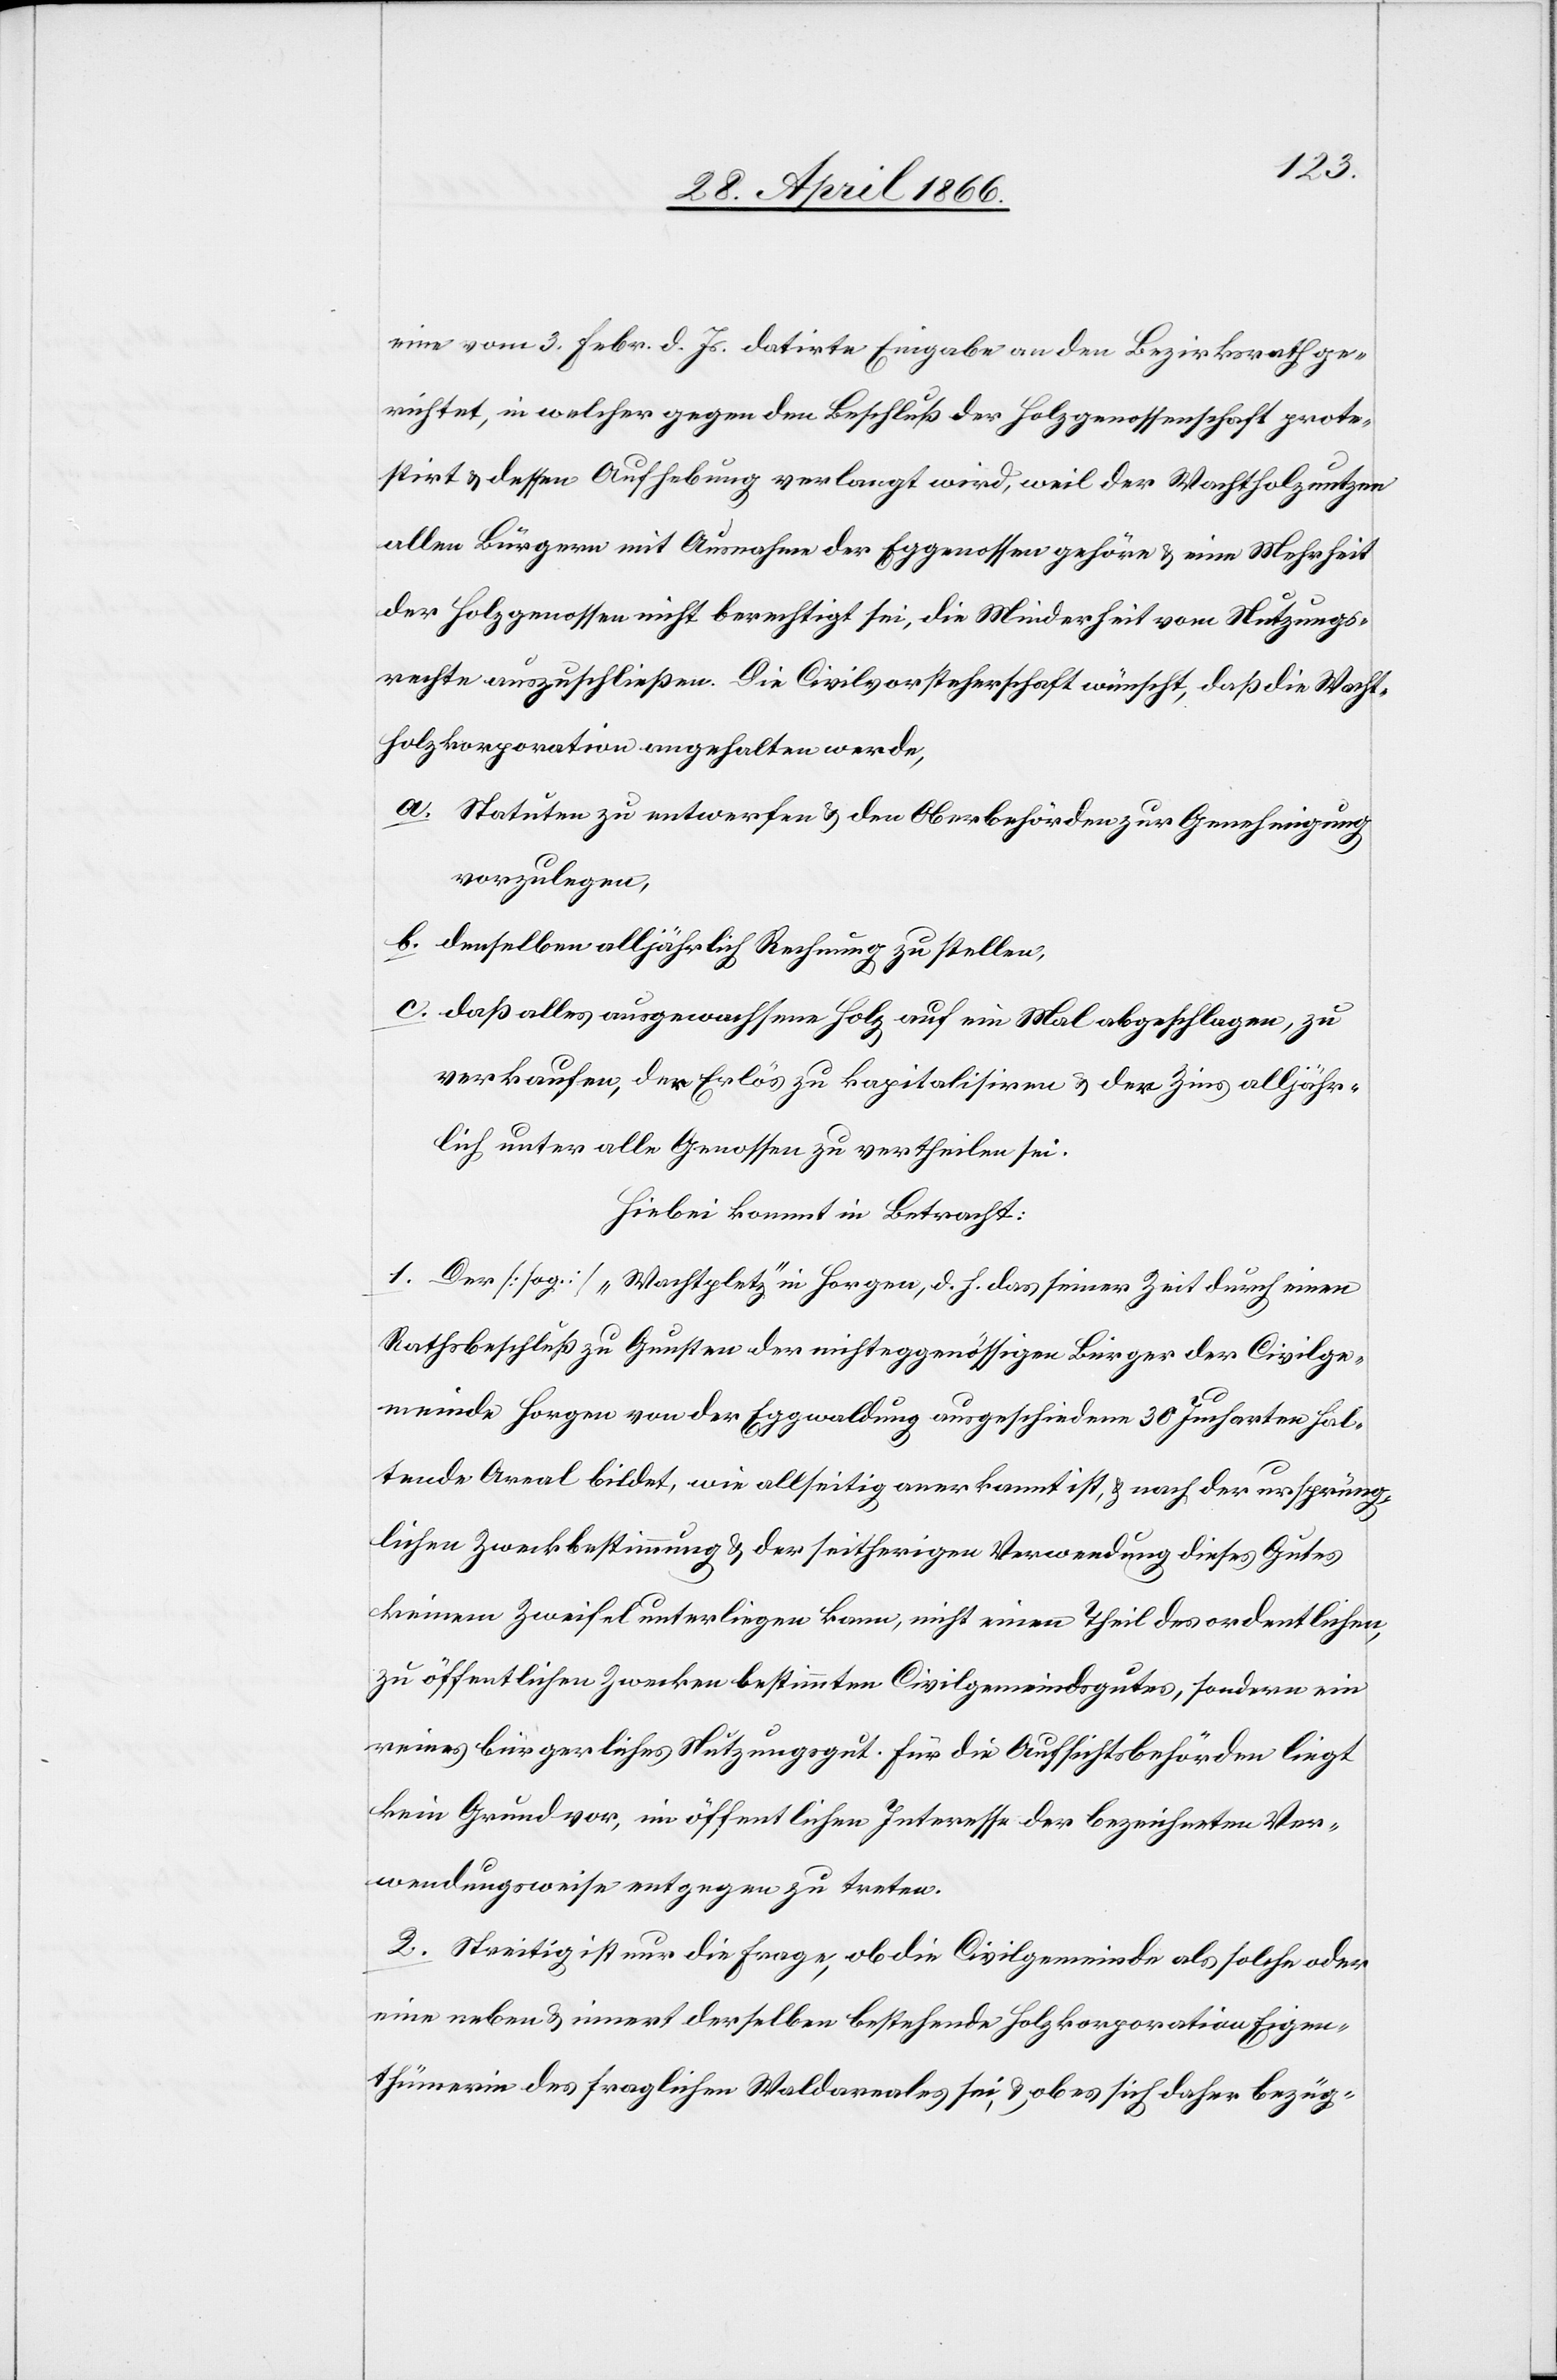
eine vom 3. Febr. d. Js. datirte Eingabe an den Bezirksrath ge¬
richtet, in welcher gegen den Beschluß der Holzgenossenschaft prote¬
stirt u. dessen Aufhebung verlangt wird, weil der Wachtholznutzen
allen Bürgern mit Ausnahme der Eggenossen gehöre u. eine Mehrheit
der Holzgenossen nicht berechtigt sei, die Minderheit vom Nutzungs¬
rechte auszuschließen. Die Civilvorsteherschaft wünscht, daß die Wacht¬
holzkorporation angehalten werde,
a. Statuten zu entwerfen u. den Oberbehörden zur Genehmigung
vorzulegen,
b. denselben alljährlich Rechnung zu stellen,
c. daß alles ausgewachsene Holz auf ein Mal abgeschlagen, zu
verkaufen, der Erlös zu kapitalisiren u. der Zins alljähr¬
lich unter alle Genossen zu vertheilen sei.
Hiebei kommt in Betracht:
1. der [sog.] „Wachtpletz“ in Horgen, d. h. das seiner Zeit durch einen
Rathsbeschluß zu Gunsten der nichteggenössigen Bürger der Civilge¬
meinde Horgen von der Eggwaldung ausgeschiedene 30 Jucharten hal¬
tende Areal bildet, wie allseitig anerkannt ist u. der ursprüng¬
lichen Zweckbestimmung u. der seitherigen Verwendung dieses Gutes
keinem Zweifel unterliegen kann, nicht einen Theil des ordentlichen,
zu öffentlichen Zwecken bestimmten Civilgemeindgutes, sondern ein
reines bürgerliches Nutzungsgut. Für die Aufsichtsbehörden liegt
kein Grund vor, im öffentlichen Interesse der bezeichneten Ver¬
wendungsweise entgegen zu treten.
2. Streitig ist die Frage, ob die Civilgemeinde als solche oder
eine neben u. innert derselben bestehende Holzkorporation Eigen¬
thümerin des fraglichen Waldareals sei, u. ob es sich daher bezüg-